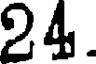
24.